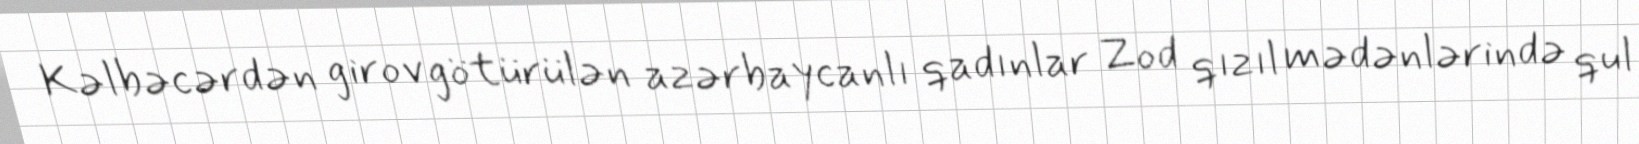
Kəlbəcərdən girov götürülən azərbaycanlı qadınlar Zod qızıl mədənlərində qul